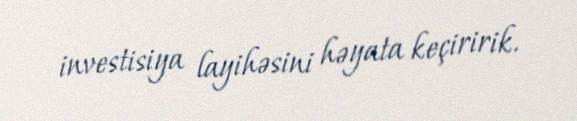
investisiya layihəsini həyata keçiririk.